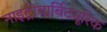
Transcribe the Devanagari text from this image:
नाइट्रोबार्बिट्यूरिक